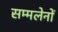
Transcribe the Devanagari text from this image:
सम्मलेनों